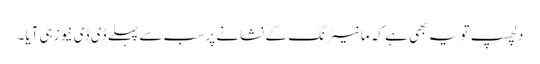
دلچسپ تو یہ بھی ہے کہ مانیٹرنگ کے نشانے پر سب سے پہلے ڈی ڈی نیوز ہی آیا۔